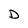
Character: D